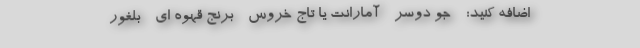
اضافه کنید: - جو دوسر - آمارانت یا تاج خروس - برنج قهوه ای - بلغور